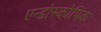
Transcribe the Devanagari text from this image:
एन्डोस्कोपिक